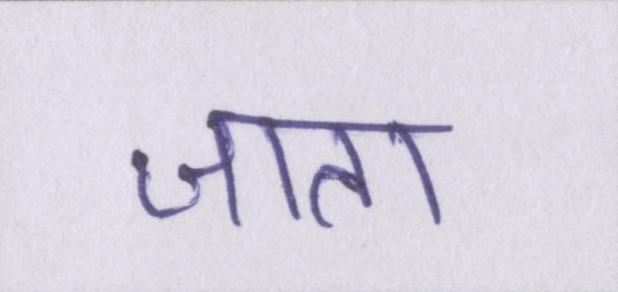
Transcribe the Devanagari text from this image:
जाता